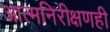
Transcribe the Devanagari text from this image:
आत्मनिरीक्षणही